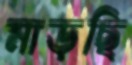
মাড়ছি